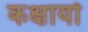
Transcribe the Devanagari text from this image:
कक्षायों